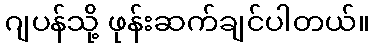
ဂျပန်သို့ ဖုန်းဆက်ချင်ပါတယ်။